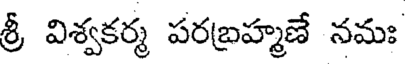
శ్రీ విశ్వకర్మ పరబ్రహ్మణే నమః